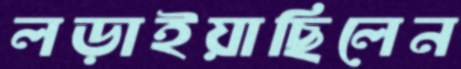
লড়াইয়াছিলেন